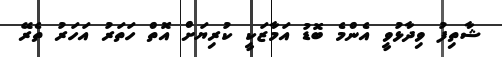
ޝާތިފު ވިދާޅުވީ އެންމެ ބޮޑު އަމާޒަކީ ކުރިޔަށް އޮތް ހަތަރު އަހަރު ތެރޭ